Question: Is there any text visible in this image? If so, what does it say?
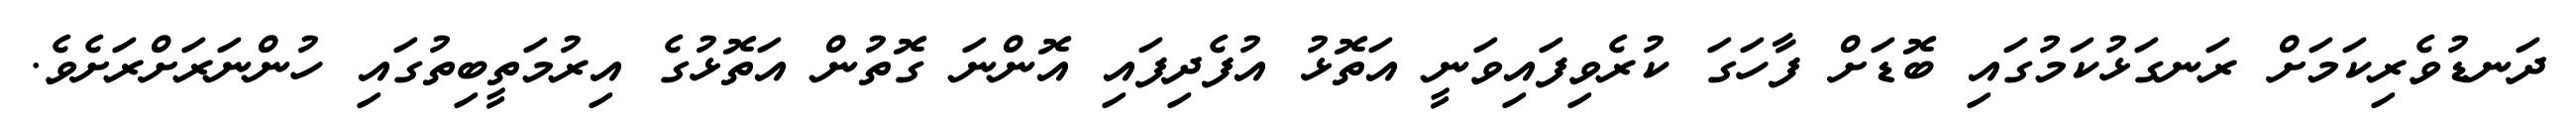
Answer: ދަނޑުވެރިކަމަށް ރަނގަޅުކަމުގައި ބޮޑަށް ފާހަގަ ކުރެވިފައިވަނީ އަތޮޅު އުފެދިފައި އޮންނަ ގޮތުން އަތޮޅުގެ އިރުމަތީބިތުގައި ހުންނަރަށްރަށެވެ.